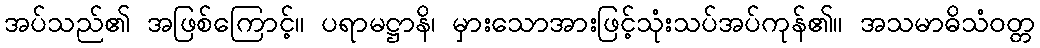
အပ်သည်၏ အဖြစ်ကြောင့်။ ပရာမဋ္ဌာနိ၊ မှားသောအားဖြင့်သုံးသပ်အပ်ကုန်၏။ အသမာဓိသံဝတ္တ